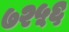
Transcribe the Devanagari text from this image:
७२५६